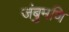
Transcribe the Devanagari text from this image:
जंबुमणि